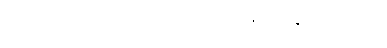
ဆံပင်ဆိုးဆေးအဖြစ်လည်းအသုံးပြုနိုင်ပါတယ်။